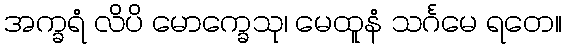
အက္ခရံ လိပိ မောက္ခေသု၊ မေထူနံ သင်္ဂမေ ရတေ။